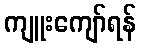
ကျူးကျော်ရန်